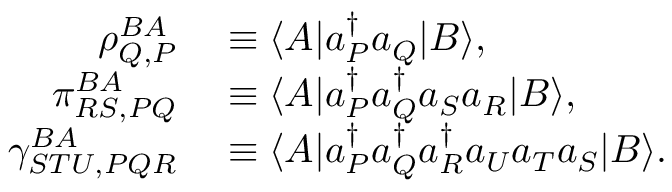
\begin{array} { r l } { \rho _ { Q , P } ^ { B A } } & { { } \equiv \langle A | a _ { P } ^ { \dagger } a _ { Q } | B \rangle , } \\ { \pi _ { R S , P Q } ^ { B A } } & { { } \equiv \langle A | a _ { P } ^ { \dagger } a _ { Q } ^ { \dagger } a _ { S } a _ { R } | B \rangle , } \\ { \gamma _ { S T U , P Q R } ^ { B A } } & { { } \equiv \langle A | a _ { P } ^ { \dagger } a _ { Q } ^ { \dagger } a _ { R } ^ { \dagger } a _ { U } a _ { T } a _ { S } | B \rangle . } \end{array}